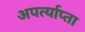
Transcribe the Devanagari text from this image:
अपर्त्याप्ता